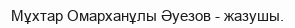
Мұхтар Омарханұлы Әуезов - жазушы.